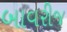
બાવરીજ